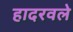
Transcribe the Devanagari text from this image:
हादरवले